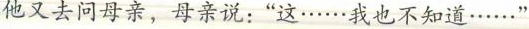
他又去问母亲，母亲说：”这……我也不知道……”